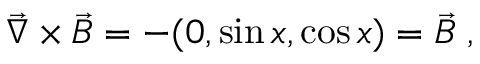
\vec { \nabla } \times \vec { B } = - ( 0 , \sin x , \cos x ) = \vec { B } \; ,